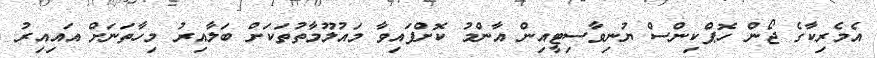
އެމެރިކާގެ ޖޯން ހޮޕްކިންސް ޔުނިވާސިޓީއިން އާންމު ކޮށްފައިވާ މައުލޫމާތުތަކަށް ބަލާއިރު މިހާތަނަށް އައިއިރު